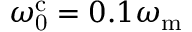
\omega _ { \mathrm { 0 } } ^ { \mathrm { c } } = 0 . 1 \omega _ { \mathrm { m } }